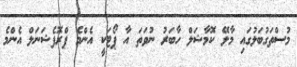
މުސްތަގުބަލުގައި މާލޭ ކޮމާޝަލް ހާބަރު ނުވަތަ އާ ޕޯޓަކީ އެންމެ ޕްރޮފެޝަނަލް އެންމެ